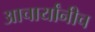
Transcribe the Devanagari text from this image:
आचार्यांनीच